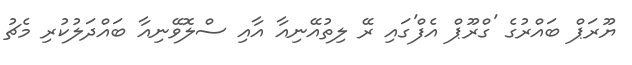
ޔޫރަޕް ބައްރުގެ 'ގްރޫޕް އެފް'ގައި ރޭ ލިތުއޭނިއާ އާއި ސްލޮވޭނިއާ ބައްދަލުކުރި މެޗު